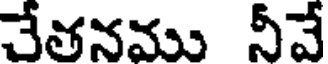
చేతనము నీవే